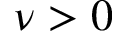
\nu > 0